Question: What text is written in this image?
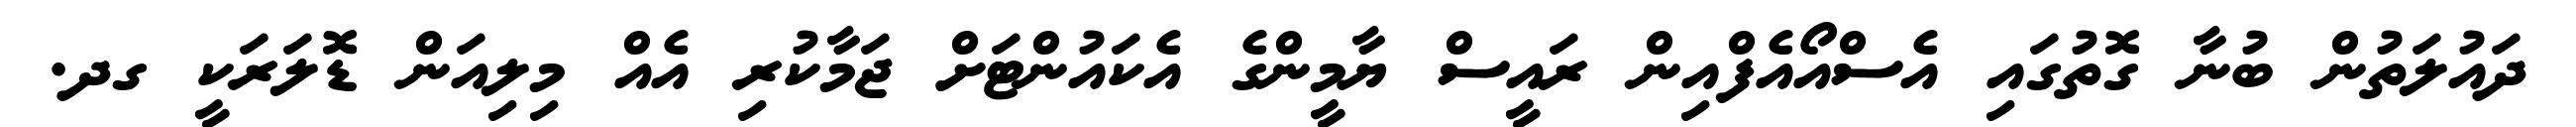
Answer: ދައުލަތުން ބުނާ ގޮތުގައި އެސްއޯއެފްއިން ރައީސް ޔާމީންގެ އެކައުންޓަށް ޖަމާކުރި އެއް މިލިއަން ޑޮލަރަކީ ގދ.